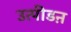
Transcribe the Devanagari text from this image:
उत्पीडऩ